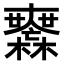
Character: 𣠮